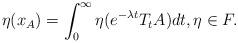
LaTeX: \begin{align*}\eta(x_A) = \int_0^{\infty} \eta(e^{-\lambda t}T_tA)dt, \eta \in F.\end{align*}